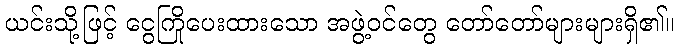
ယင်းသို့ဖြင့် ငွေကြိုပေးထားသော အဖွဲ့ဝင်တွေ တော်တော်များများရှိ၏။